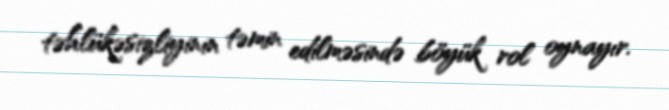
təhlükəsizliyinin təmin edilməsində böyük rol oynayır.